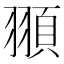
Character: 頨